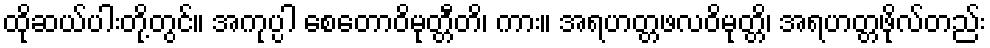
ထိုဆယ်ပါးတို့တွင်။ အကုပ္ပါ စေတောဝိမုတ္တီတိ၊ ကား။ အရဟတ္တဖလဝိမုတ္တိ၊ အရဟတ္တဖိုလ်တည်း